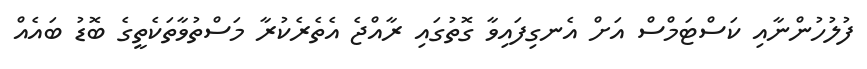
ފުލުހުންނާއި ކަސްޓަމްސް އަށް އެނގިފައިވާ ގޮތުގައި ރާއްޖެ އެތެރެކުރާ މަސްތުވާތަކެތީގެ ބޮޑު ބައެއް